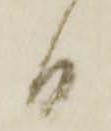
日